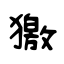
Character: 獥